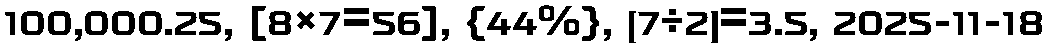
100,000.25, [8×7=56], {44%}, (7÷2)=3.5, 2025-11-18